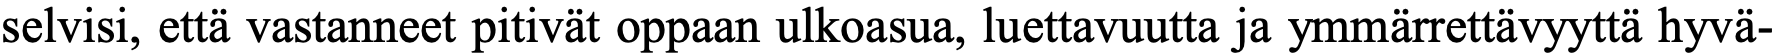
selvisi, että vastanneet pitivät oppaan ulkoasua, luettavuutta ja ymmärrettävyyttä hyvä-